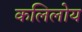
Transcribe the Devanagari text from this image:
कलिलोय